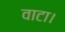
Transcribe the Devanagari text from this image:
वाटा।